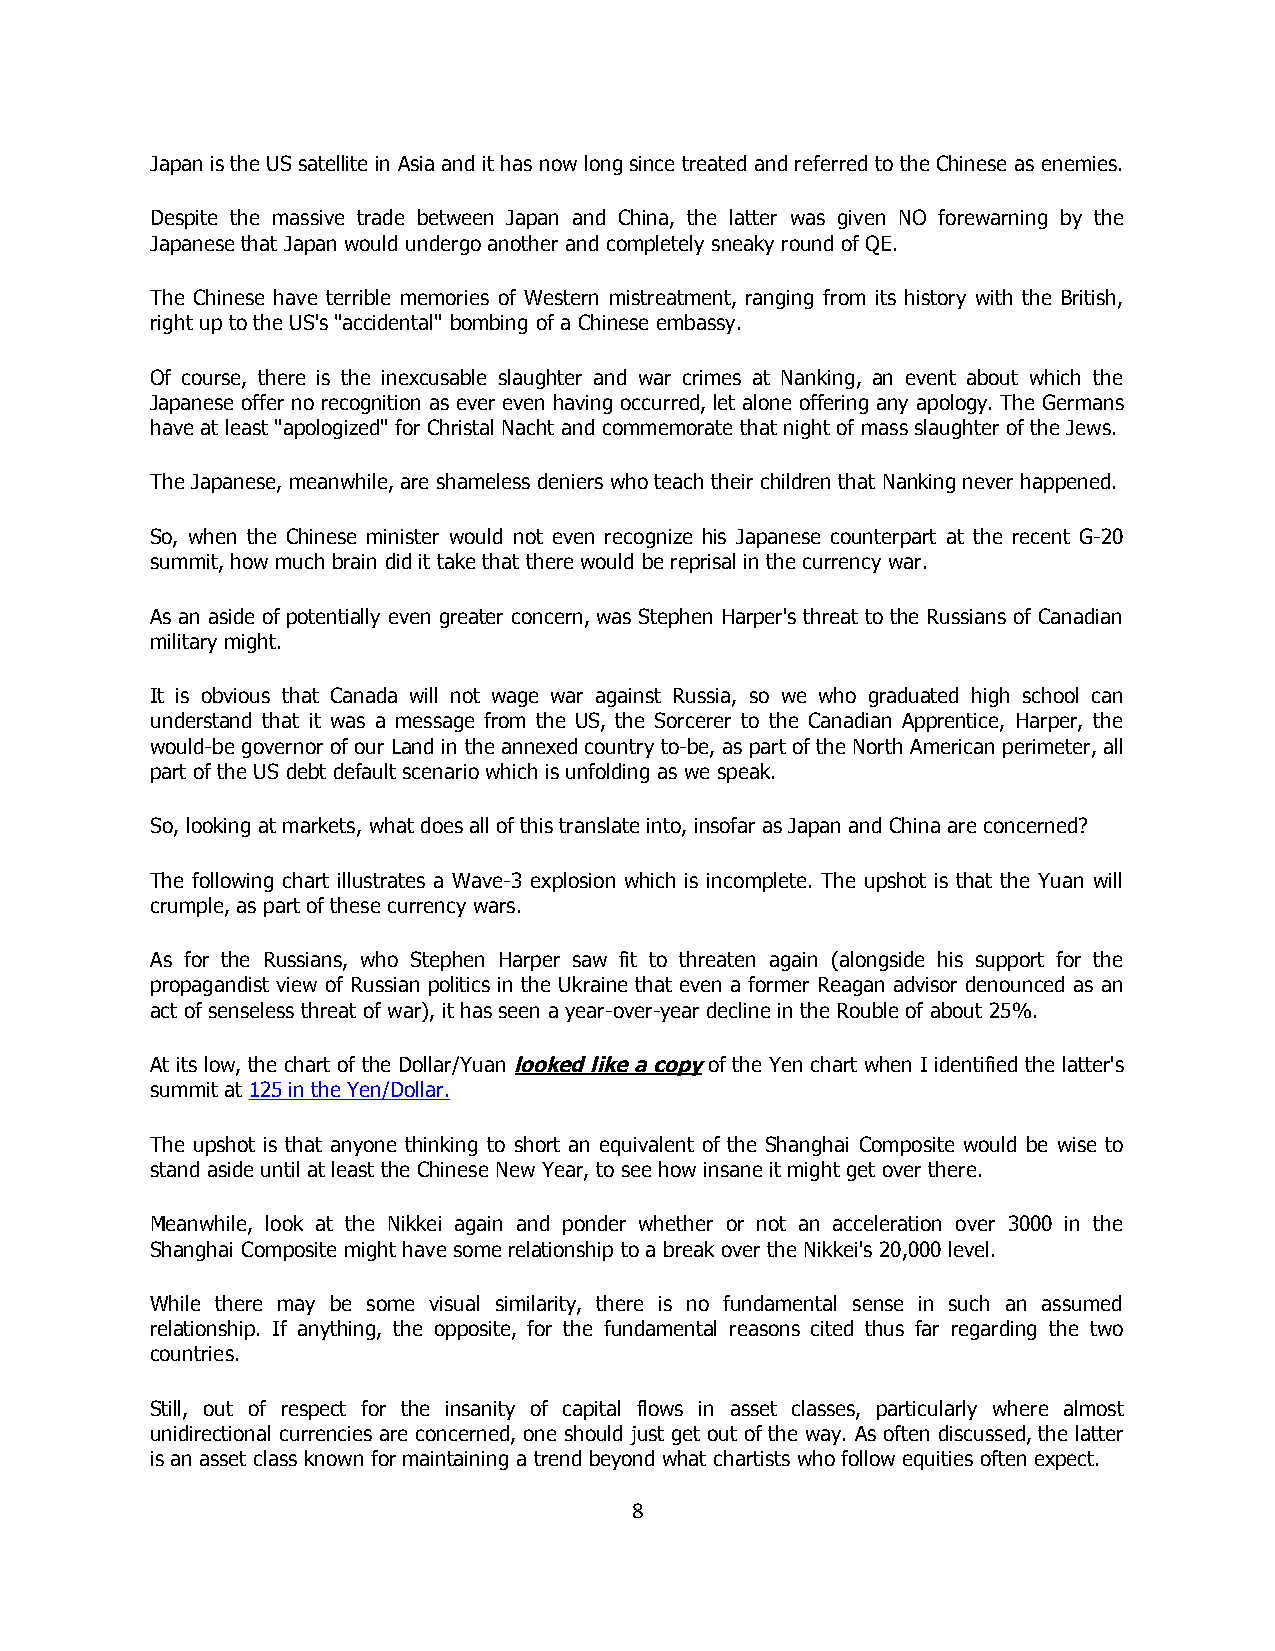
Japan is the US satellite in Asia and it has now long since treated and referred to the Chinese as enemies.
 Despite the massive trade between Japan and China, the latter was given NO forewarning by the
 Japanese that Japan would undergo another and completely sneaky round of QE.
 The Chinese have terrible memories of Western mistreatment, ranging from its history with the British,
 right up to the US's "accidental" bombing of a Chinese embassy.
 Of course, there is the inexcusable slaughter and war crimes at Nanking, an event about which the
 Japanese offer no recognition as ever even having occurred, let alone offering any apology. The Germans
 have at least "apologized" for Christal Nacht and commemorate that night of mass slaughter of the Jews.
 The Japanese, meanwhile, are shameless deniers who teach their children that Nanking never happened.
 So, when the Chinese minister would not even recognize his Japanese counterpart at the recent G-20
 summit, how much brain did it take that there would be reprisal in the currency war.
 As an aside of potentially even greater concern, was Stephen Harper's threat to the Russians of Canadian
 military might.
 It is obvious that Canada will not wage war against Russia, so we who graduated high school can
 understand that it was a message from the US, the Sorcerer to the Canadian Apprentice, Harper, the
 would-be governor of our Land in the annexed country to-be, as part of the North American perimeter, all
 part of the US debt default scenario which is unfolding as we speak.
 So, looking at markets, what does all of this translate into, insofar as Japan and China are concerned?
 The following chart illustrates a Wave-3 explosion which is incomplete. The upshot is that the Yuan will
 crumple, as part of these currency wars.
 As for the Russians, who Stephen Harper saw fit to threaten again (alongside his support for the
 propagandist view of Russian politics in the Ukraine that even a former Reagan advisor denounced as an
 act of senseless threat of war), it has seen a year-over-year decline in the Rouble of about 25%.
 At its low, the chart of the Dollar/Yuan looked like a copy of the Yen chart when I identified the latter's
 summit at 125 in the Yen/Dollar.
 The upshot is that anyone thinking to short an equivalent of the Shanghai Composite would be wise to
 stand aside until at least the Chinese New Year, to see how insane it might get over there.
 Meanwhile, look at the Nikkei again and ponder whether or not an acceleration over 3000 in the
 Shanghai Composite might have some relationship to a break over the Nikkei's 20,000 level.
 While there may be some visual similarity, there is no fundamental sense in such an assumed
 relationship. If anything, the opposite, for the fundamental reasons cited thus far regarding the two
 countries.
 Still, out of respect for the insanity of capital flows in asset classes, particularly where almost
 unidirectional currencies are concerned, one should just get out of the way. As often discussed, the latter
 is an asset class known for maintaining a trend beyond what chartists who follow equities often expect.
 8